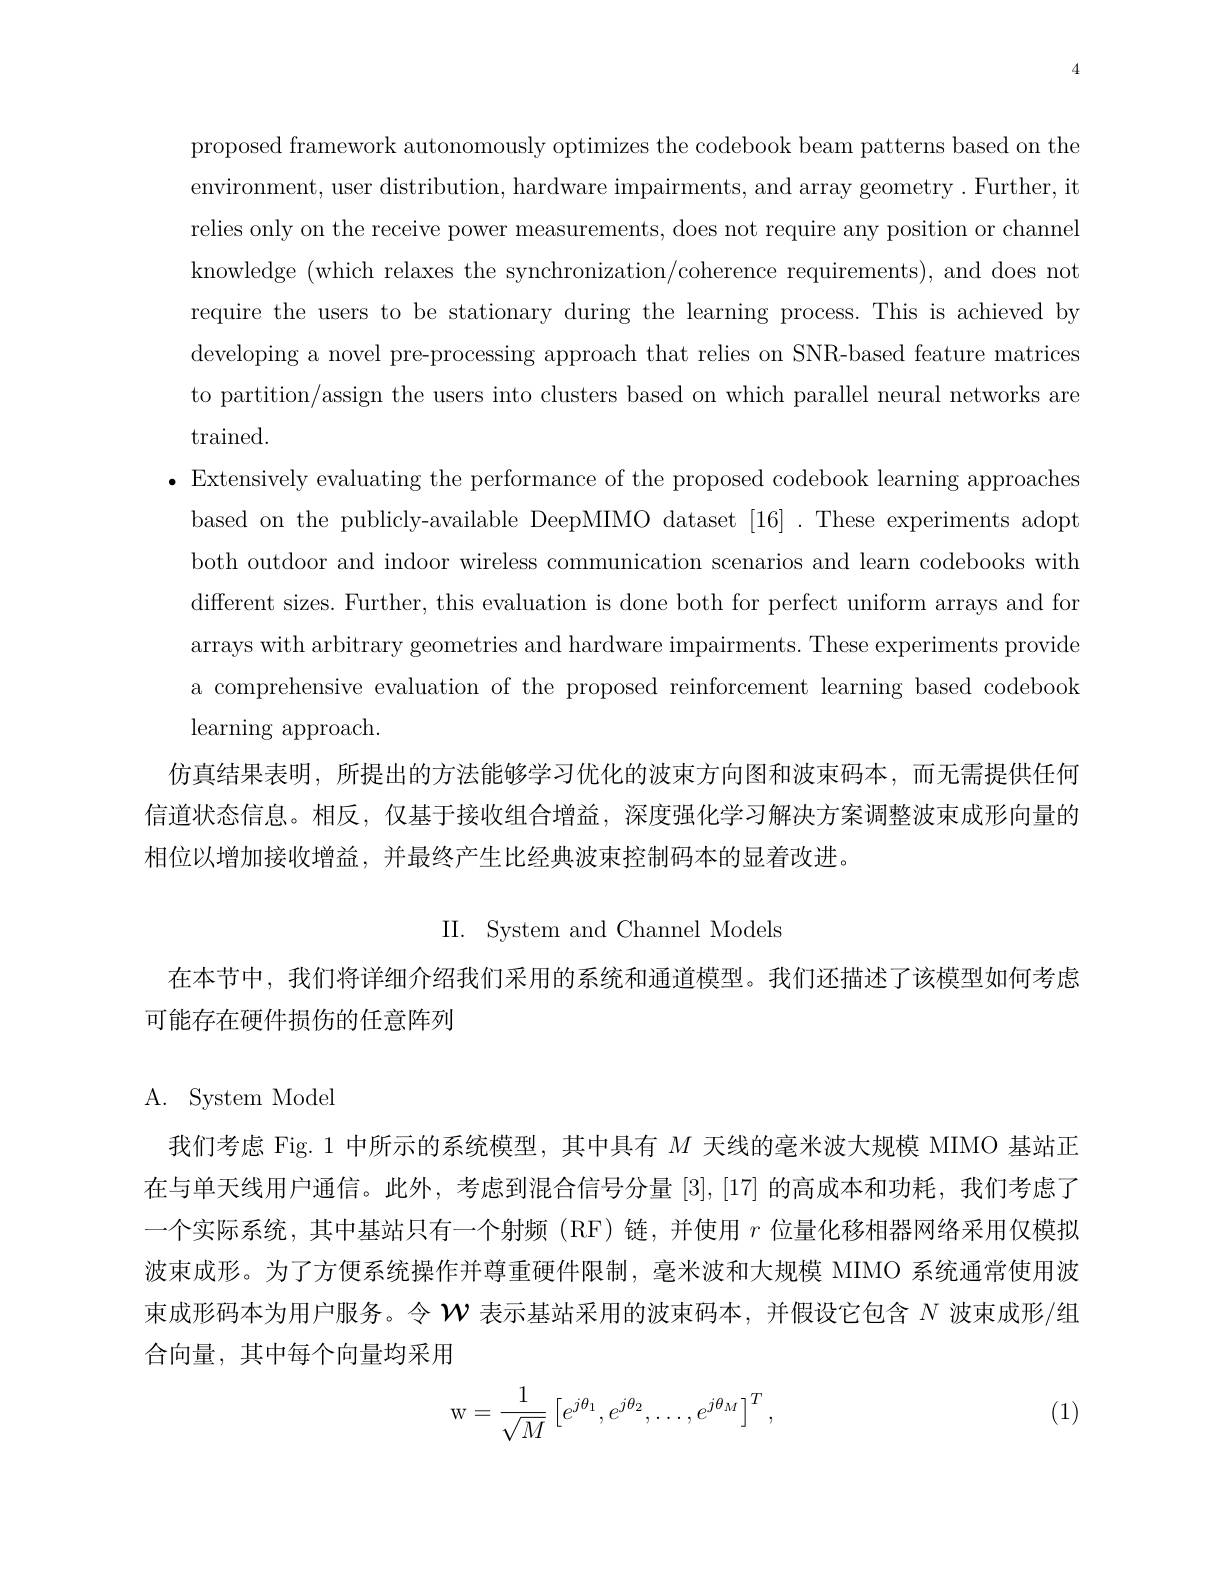
4

proposed framework autonomously optimizes the codebook beam patterns based on the environment, user distribution, hardware impairments, and array geometry . Further, it relies only on the receive power measurements, does not require any position or channel knowledge (which relaxes the synchronization/coherence requirements), and does not require the users to be stationary during the learning process. This is achieved by developing a novel pre-processing approach that relies on SNR-based feature matrices to partition/assign the users into clusters based on which parallel neural networks are trained.
$\bullet$ Extensively evaluating the performance of the proposed codebook learning approaches
based on the publicly-available DeepMIMO dataset [16]. These experiments adopt both outdoor and indoor wireless communication scenarios and learn codebooks with different sizes. Further, this evaluation is done both for perfect uniform arrays and for arrays with arbitrary geometries and hardware impairments. These experiments provide a comprehensive evaluation of the proposed reinforcement learning based codebook learning approach.
仿真结果表明，所提出的方法能够学习优化的波束方向图和波束码本，而无需提供任何信道状态信息。相反，仅基于接收组合增益，深度强化学习解决方案调整波束成形向量的相位以增加接收增益，并最终产生比经典波束控制码本的显着改进。

II. System and Channel Models

在本节中，我们将详细介绍我们采用的系统和通道模型。我们还描述了该模型如何考虑
可能存在硬件损伤的任意阵列

# A. System Model

我们考虑 Fig.1 中所示的系统模型，其中具有$M$天线的毫米波大规模 MIMO 基站正在与单天线用户通信。此外，考虑到混合信号分量[3],[17]的高成本和功耗，我们考虑了一个实际系统，其中基站只有一个射频 (RF) 链，并使用$r$位量化移相器网络采用仅模拟波束成形。为了方便系统操作并尊重硬件限制，毫米波和大规模 MIMO 系统通常使用波束成形码本为用户服务。令$\mathcal{W}$表示基站采用的波束码本，并假设它包含$N$波束成形/组合向量，其中每个向量均采用

(1)
$$\mathrm w=\dfrac{1}{\sqrt M}\left[e^{j\theta_1},e^{j\theta_2},\dots,e^{j\theta_M}\right]^T,$$